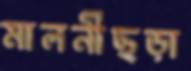
মালনীছড়া